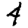
Digit: 4